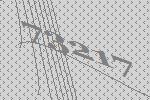
73217